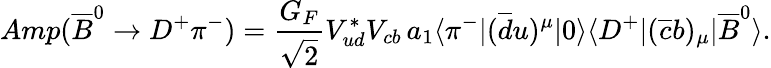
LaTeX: Amp(\overline{{B}}^{0}\to D^{+}\pi^{-})={\frac{G_{F}}{\sqrt 2}}V_{ud}^{*}V_{cb}\, a_{1}\langle\pi^{-}|(\overline{{d}}u)^{\mu}|0\rangle\langle D^{+}|(\overline{{c}}b)_{\mu}|\overline{{B}}^{0}\rangle.